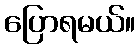
ပြောရမယ်။